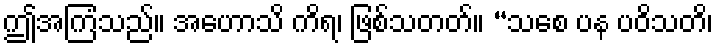
ဤအကြံသည်။ အဟောသိ ကိရ၊ ဖြစ်သတတ်။ “သစေ ပန ပဝိသတိ၊